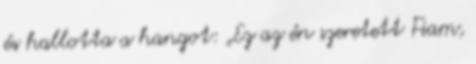
és hallotta a hangot: „Ez az én szeretett Fiam,